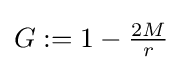
{\textstyle G:=1-{\frac {2M}{r}}}